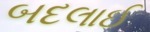
બદલાઈ